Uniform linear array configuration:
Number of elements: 48
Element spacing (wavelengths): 0.25
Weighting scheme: uniform
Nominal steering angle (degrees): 0
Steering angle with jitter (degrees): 0.9067
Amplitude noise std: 0.05
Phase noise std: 0.05

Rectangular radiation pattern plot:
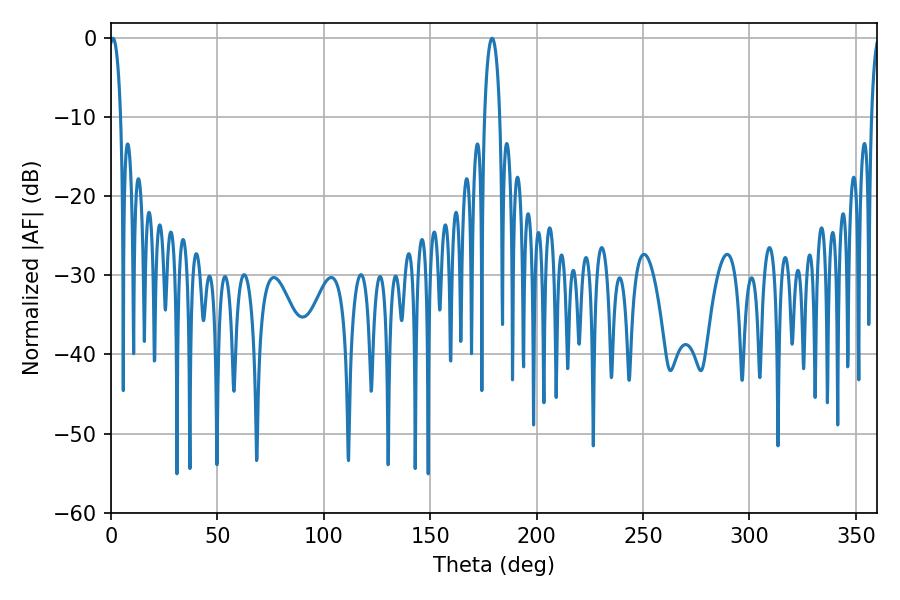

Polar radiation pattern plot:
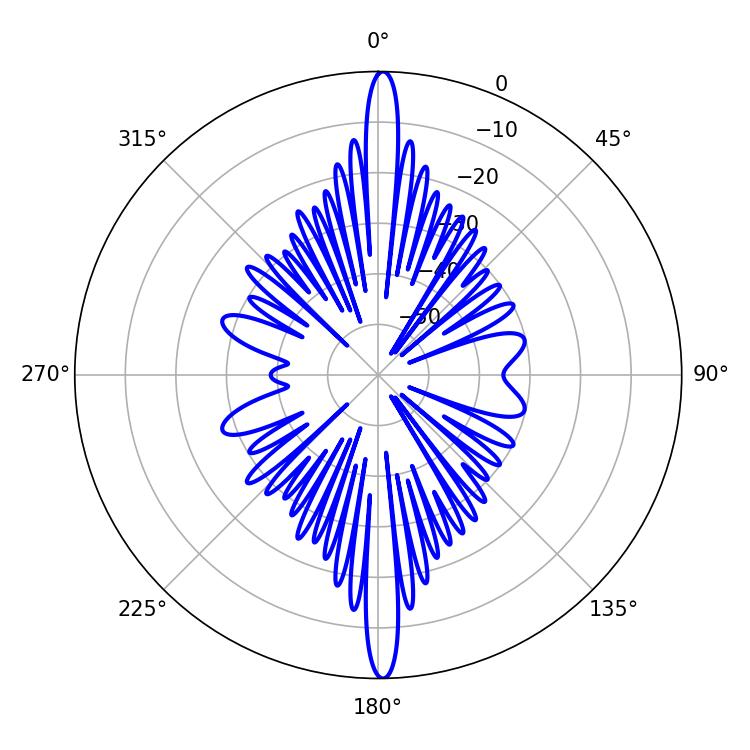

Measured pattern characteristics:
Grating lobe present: FALSE
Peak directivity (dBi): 29.04
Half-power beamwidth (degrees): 2.88
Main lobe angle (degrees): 0.9